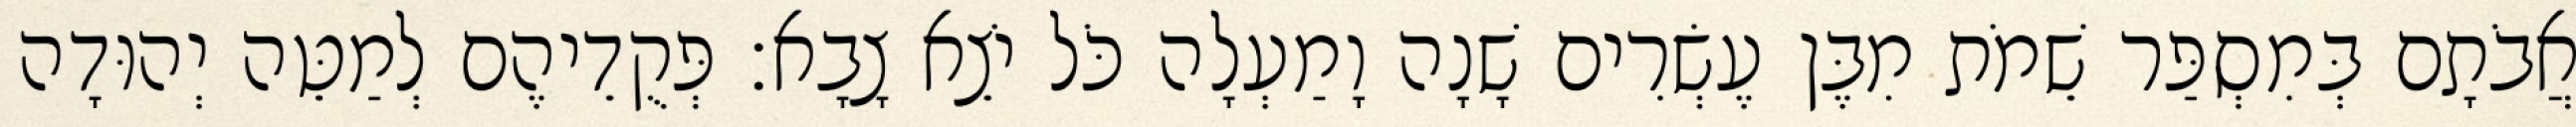
אֲבֹתָם בְּמִסְפַּר שֵׁמֹת מִבֶּן עֶשְׂרִים שָׁנָה וָמַעְלָה כֹּל יֹצֵא צָבָא׃ פְּקֻדֵיהֶם לְמַטֵּה יְהוּדָה